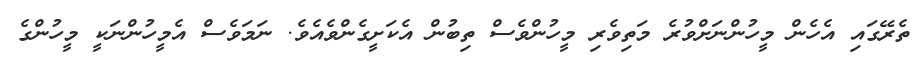
ތެރޭގައި އެހެން މީހުންނަށްވުރެ މަތިވެރި މީހުންވެސް ތިބުން އެކަށީގެންވެއެވެ. ނަމަވެސް އެމީހުންނަކީ މީހުންގެ